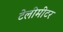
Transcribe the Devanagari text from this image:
टेलीमीटर